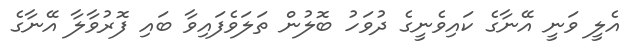
އެލީ ވަނީ އޭނާގެ ކައިވެނީގެ ދުވަހު ބޮލުން ތަލަވެފައިވާ ބައި ފޮރުވާލާ އޭނާގެ